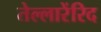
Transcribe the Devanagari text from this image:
तेल्लारेंरिद